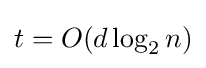
t=O(d\log _{2}n)